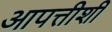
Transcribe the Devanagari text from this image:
आपत्तीशी